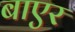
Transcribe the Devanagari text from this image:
बाएर